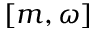
[ m , \omega ]